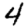
Digit: 4